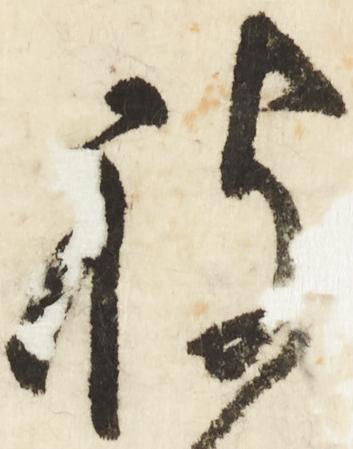
被